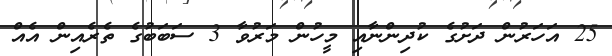
25 އަހަރުން ދަށުގެ ކުދިންނާއި މީހުން މަރުވާ 3 ސަބަބުގެ ތެރެއިން އެއް